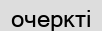
очеркті